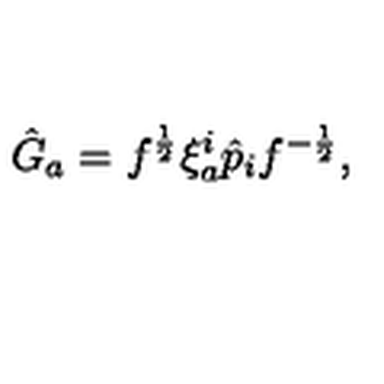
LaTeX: \hat { G } _ { a } = f ^ { \frac { 1 } { 2 } } \xi _ { a } ^ { i } \hat { p } _ { i } f ^ { - { \frac { 1 } { 2 } } } ,